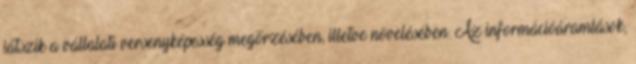
játszik a vállalati versenyképesség megőrzésében, illetve növelésében. Az információáramlások,